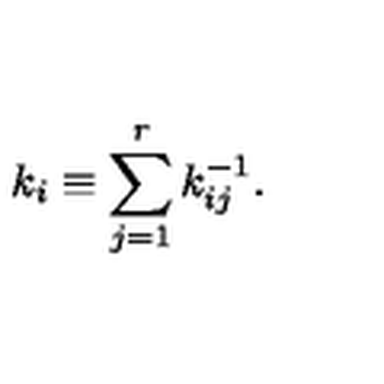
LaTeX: k _ { i } \equiv \sum _ { j = 1 } ^ { r } k _ { i j } ^ { - 1 } .